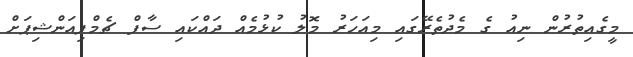
މީގެއިތުރުން ނިއު ގެ މެދުތެރޭގައި މިއަހަރު މޮލު ކުޅުމެއް ދައްކައި ސާފް ޗެމްޕިއަންޝިޕަށް